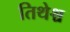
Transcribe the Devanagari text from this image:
तिथेश्च